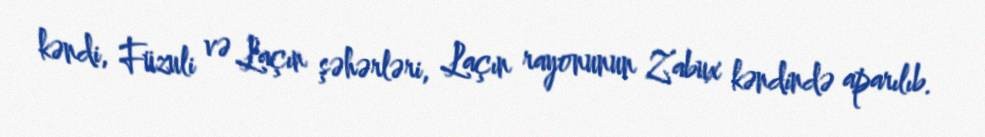
kəndi, Füzuli və Laçın şəhərləri, Laçın rayonunun Zabux kəndində aparılıb.